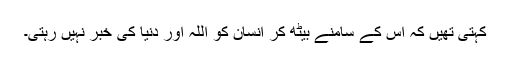
کہتی تھیں کہ اس کے سامنے بیٹھ کر انسان کو اللہ اور دنیا کی خبر نہیں رہتی۔